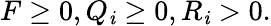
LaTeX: F\geq0,Q_{\mathit{i}}\geq0,R_{\mathit{i}}>0.